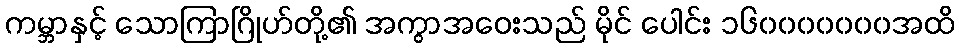
ကမ္ဘာနှင့် သောကြာဂြိုဟ်တို့၏ အကွာအဝေးသည် မိုင် ပေါင်း ၁၆၀၀၀၀၀၀၀အထိ